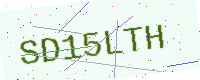
Text: SD15LTH